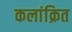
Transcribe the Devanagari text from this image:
कलांक्रित